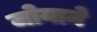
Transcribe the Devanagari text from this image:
जोयाने